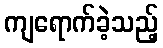
ကျရောက်ခဲ့သည့်